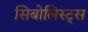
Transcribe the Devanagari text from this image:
सिबोलिस्ट्स